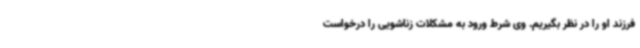
فرزند او را در نظر بگیریم. وی شرط ورود به مشکلات زناشویی را درخواست